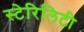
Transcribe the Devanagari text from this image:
स्टेरिलिटी